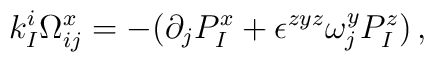
k^i_I\Omega^x_{ij}=-(\partial_j P^x_I+\epsilon^{zyz}\omega^y_jP^z_I)\, ,